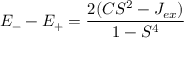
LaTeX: \ E _ { - } - E _ { + } = { \frac { 2 ( C S ^ { 2 } - J _ { e x } ) } { 1 - S ^ { 4 } } }